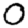
Digit: 0